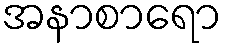
အနာစာရော